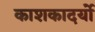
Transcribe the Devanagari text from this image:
काशकादर्यो